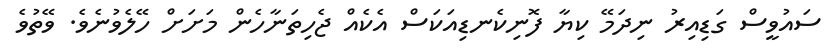
ސައުވީސް ގަޑިއިރު ނިދަމޭ ކިޔާ ފޮނިކެނޑިއަކަސް އެކެއް ޖެހިތަނާހެން މަށަށް ހޭލެވުނެވެ. ވޭތުވެ